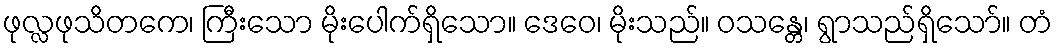
ဖုလ္လဖုသိတကေ၊ ကြီးသော မိုးပေါက်ရှိသော။ ဒေဝေ၊ မိုးသည်။ ဝသန္တေ၊ ရွာသည်ရှိသော်။ တံ